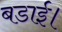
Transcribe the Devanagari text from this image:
बडाई।